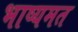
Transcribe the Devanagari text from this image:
भाष्यमत